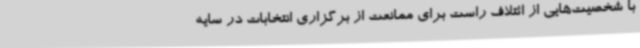
با شخصیت‌هایی از ائتلاف راست برای ممانعت از برگزاری انتخابات در سایه